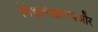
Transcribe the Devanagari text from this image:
विश्वविद्यालयऔर